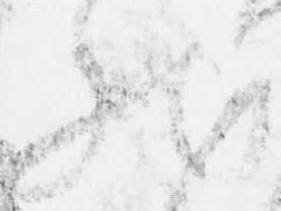
然